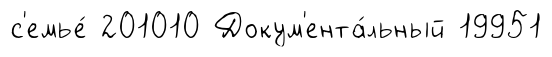
с'емье́ 201010 Докум'ента́льный 19951